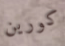
كورين